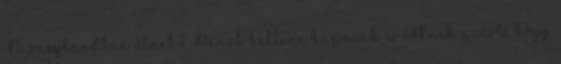
Disneylandban élnek? Pénzt kellene kapniuk a nőknek azért, hogy